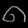
Digit: ၈